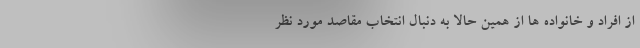
از افراد و خانواده ها از همین حالا به دنبال انتخاب مقاصد مورد نظر